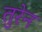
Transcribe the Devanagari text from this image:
तुरेन